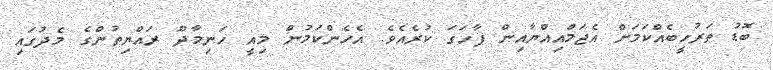
ބޮޑު ތަރުހީބެއްކަމަށް އެޖަމްއިއްޔާއިން ފާހަގަ ކުރެއެވެ. އެހެންކަމުން މިއީ ހަނިމާދޫ ރައްޔިތުންގެ މެދުގައި